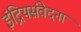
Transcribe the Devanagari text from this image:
इंद्रियसंवेदना